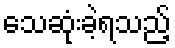
သေဆုံးခဲ့ရသည့်